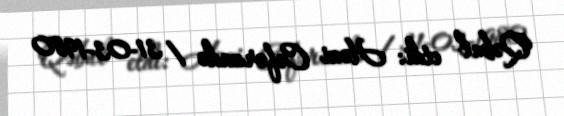
Qəbul etdi: Həzi Cəfərzadə / 31-03-1980